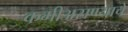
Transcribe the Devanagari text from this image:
कमीअसण्याचे